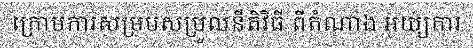
ក្រោមការសម្របសម្រួលនីតិវិធី ពីតំណាង អយ្យការ